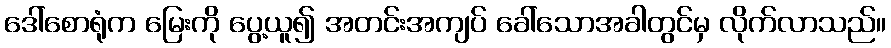
ဒေါ်စောရုံက မြေးကို ပွေ့ယူ၍ အတင်းအကျပ် ခေါ်သောအခါတွင်မှ လိုက်လာသည်။